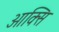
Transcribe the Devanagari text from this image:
आक्सि